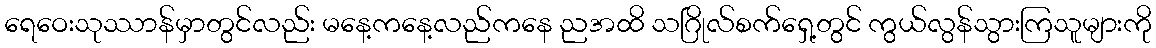
ရေဝေးသုဿာန်မှာတွင်လည်း မနေ့ကနေ့လည်ကနေ ညအထိ သဂြိုလ်စက်ရှေ့တွင် ကွယ်လွန်သွားကြသူများကို